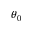
\theta _ { 0 }